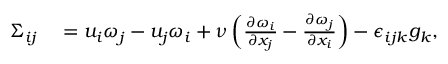
\begin{array} { r l } { \Sigma _ { i j } } & { { } = u _ { i } \omega _ { j } - u _ { j } \omega _ { i } + \nu \left( \frac { \partial \omega _ { i } } { \partial x _ { j } } - \frac { \partial \omega _ { j } } { \partial x _ { i } } \right) - \epsilon _ { i j k } g _ { k } , } \end{array}